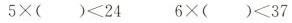
$$5\times（）＜24$$ $$6\times（）＜37$$